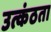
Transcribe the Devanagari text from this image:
उत्कंठता